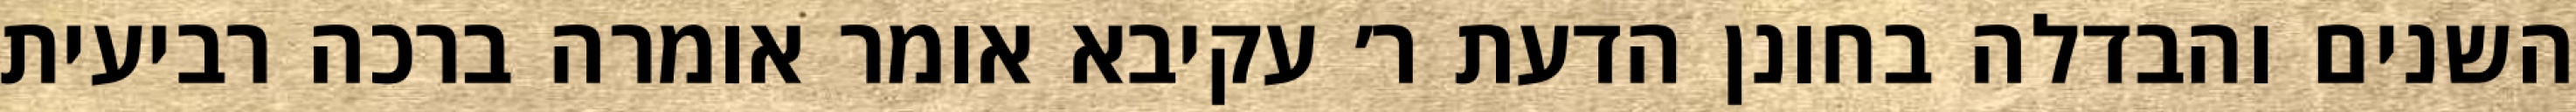
השנים והבדלה בחונן הדעת ר׳ עקיבא אומר אומרה ברכה רביעית